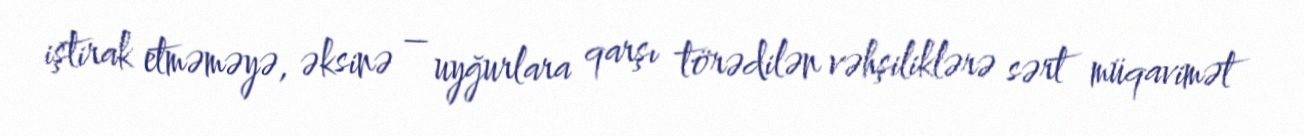
iştirak etməməyə, əksinə – uyğurlara qarşı törədilən vəhşiliklərə sərt müqavimət